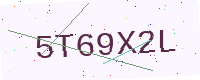
Text: 5T69X2L